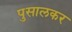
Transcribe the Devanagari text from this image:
पुसालकर